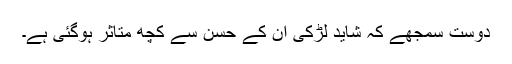
دوست سمجھے کہ شاید لڑکی ان کے حسن سے کچھ متاثر ہوگئی ہے۔